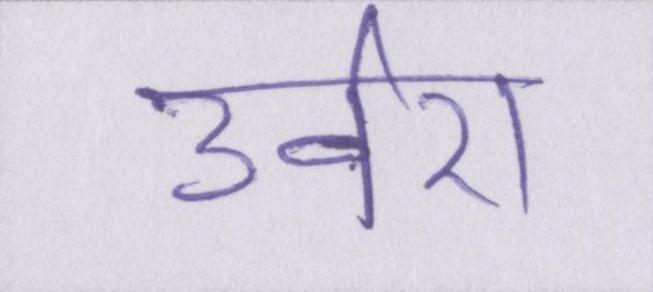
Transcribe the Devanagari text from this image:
उर्वरा